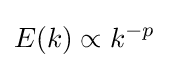
E(k)\propto k^{-p}